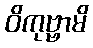
ဝိကုဗ္ဗာမိ